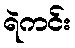
ရဲကင်း